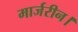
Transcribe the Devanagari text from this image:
मार्जरीन।